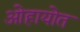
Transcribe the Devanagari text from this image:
ओहायोत